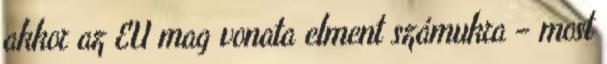
akkor az EU mag vonata elment számukra – most